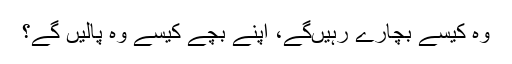
وہ کیسے بچارے رہیں‌گے، اپنے بچے کیسے وہ پالیں‌ گے؟